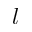
l